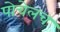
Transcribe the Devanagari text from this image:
पोचेलच